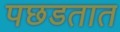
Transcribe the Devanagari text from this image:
पछडतात